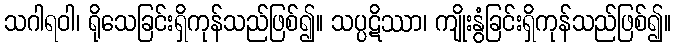
သဂါရဝါ၊ ရိုသေခြင်းရှိကုန်သည်ဖြစ်၍။ သပ္ပဋိဿာ၊ ကျိုးနွံခြင်းရှိကုန်သည်ဖြစ်၍။